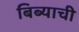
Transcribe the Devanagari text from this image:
बिब्याची